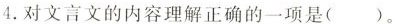
4.对文言文的内容理解正确的一项是( )。